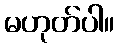
မဟုတ်ပါ။